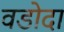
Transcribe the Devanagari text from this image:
वडोदा